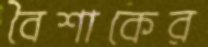
বৈশাকের